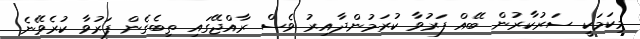
މިކަމަކީ ސަރުކާރުން ބޭއް ފަރުވާ ކުރަމުންދާއިރު ވެސް ރާއްޖޭގައި ތިބެގެން ފަރުވާ ކުރެވޭނެ